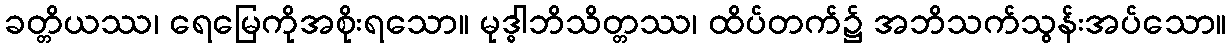
ခတ္တိယဿ၊ ရေမြေကိုအစိုးရသော။ မုဒ္ဓါဘိသိတ္တဿ၊ ထိပ်တက်၌ အဘိသက်သွန်းအပ်သော။